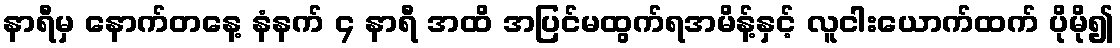
နာရီမှ နောက်တနေ့ နံနက် ၄ နာရီ အထိ အပြင်မထွက်ရအမိန့်နှင့် လူငါးယောက်ထက် ပိုမို၍